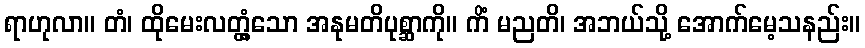
ရာဟုလာ။ တံ၊ ထိုမေးလတ္တံ့သော အနုမတိပုစ္ဆာကို။ ကိံ မညတိ၊ အဘယ်သို့ အောက်မေ့သနည်း။